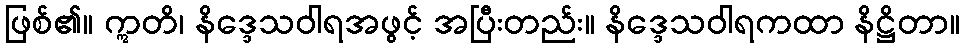
ဖြစ်၏။ ဣတိ၊ နိဒ္ဒေသဝါရအဖွင့် အပြီးတည်း။ နိဒ္ဒေသဝါရကထာ နိဋ္ဌိတာ။